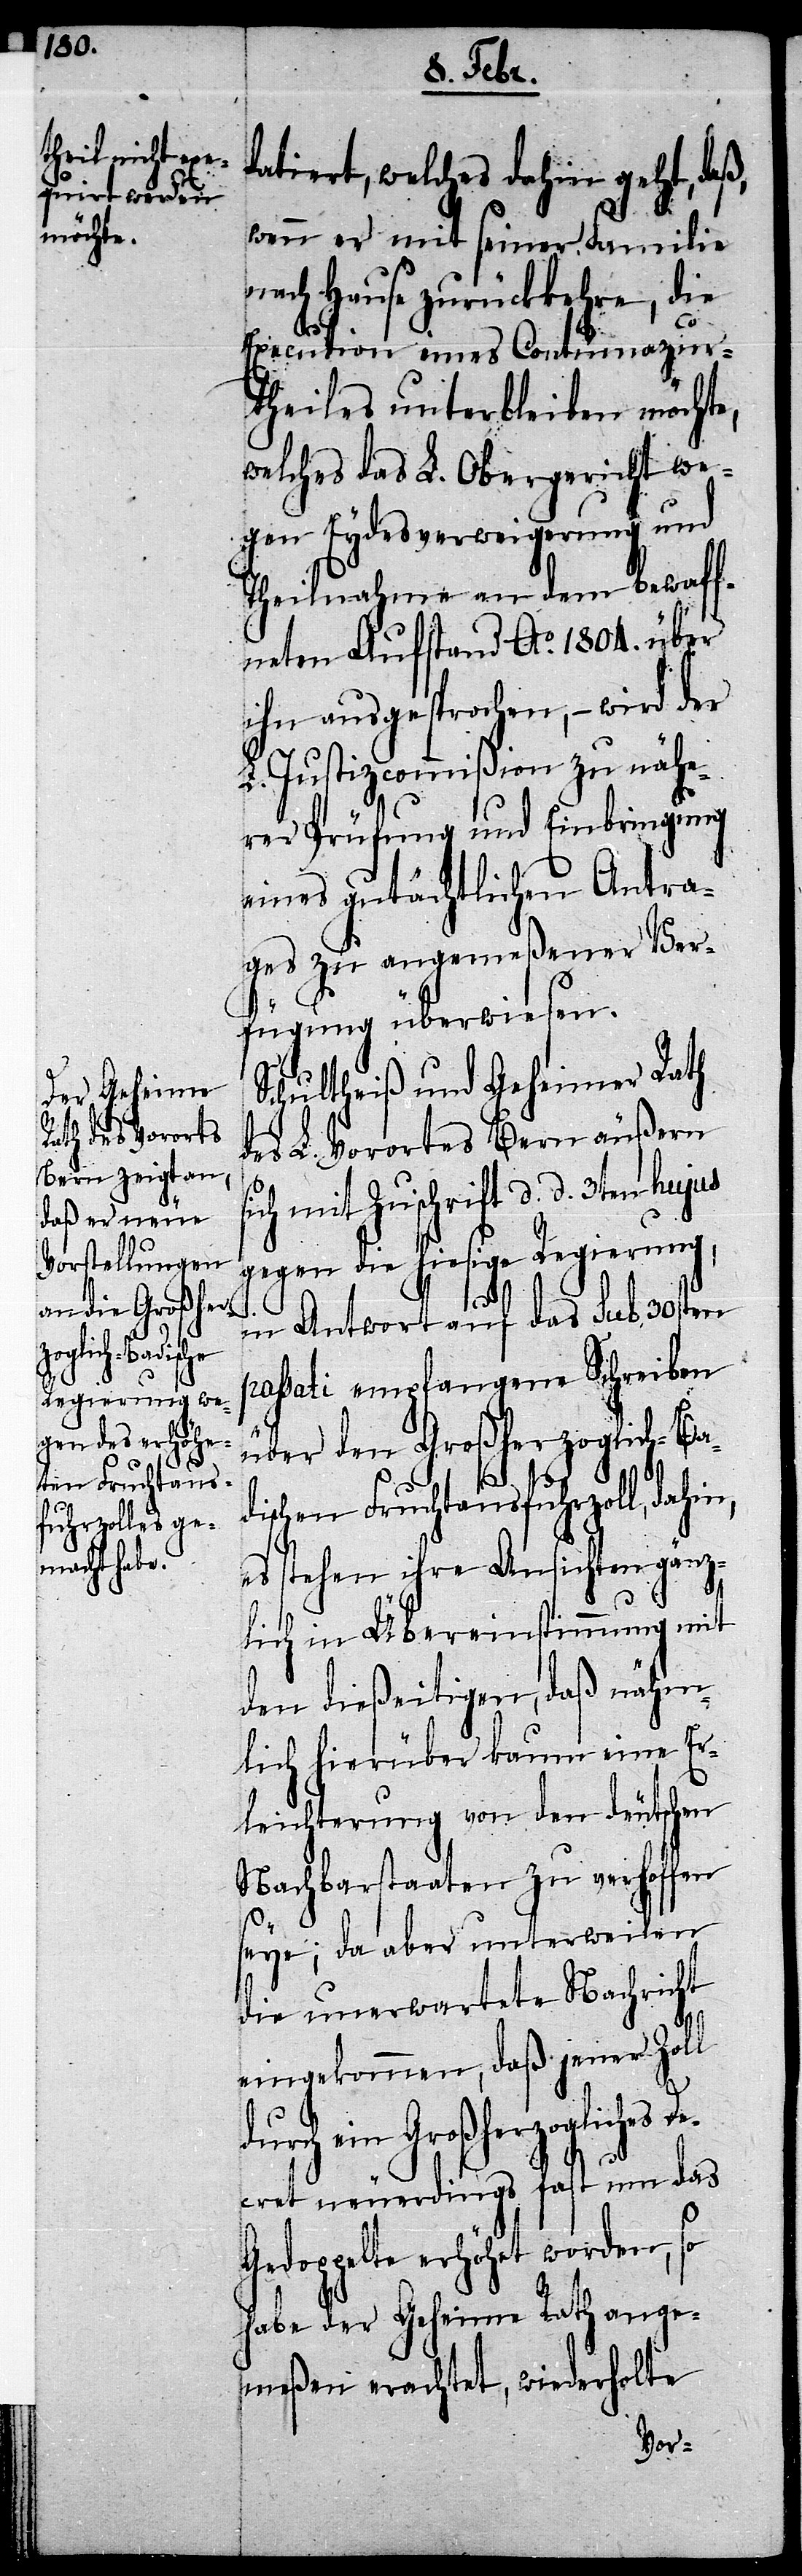
erzogliches

datiert, welches dahin geht, daß,
L.
wenn er mit seiner Familie
nach Hause zurückkehre, die
Execution eines Contumazur¬
theiles unterbleiben möchte,
welches das L. Obergericht we¬
gen Eydesverweigerung und
Theilnahme an dem bewaff¬
neten Aufstand Ao. 1804. über
ihn ausgesprochen, – wird der
Justizcommißion zu nähe¬
rer Prüfung und Einbringung
eines gutächtlichen Antra¬
ges zu angemeßener Ver¬
fügung überwiesen.
Schultheiß und Geheimer Rath
des L. Vorortes Bern äußern
mit Zuschrift d. d. 3ten hujus
gegen die hiesige Regierung,
in Antwort auf das sub 30sten
passati empfangene Schreiben
über den Großherzoglich-Ba¬
dischen Fruchtausfuhrzoll, dahin,
es stehen ihre Ansichten gänz¬
lich in Übereinstimmung mit
den dießeitigen, daß nähm¬
lich hierüber kaum eine Er¬
leichterung von den deutschen
Nachbarstaaten zu verhoffen
seye; da aber unterweilen
die unerwartete Nachricht
eingekommen, daß jener Zol¬
Decret neuerdings fast um das
Gedoppelte erhöhet worden, so
habe der Geheime Rath ange¬
meßen erachtet, wiederholte